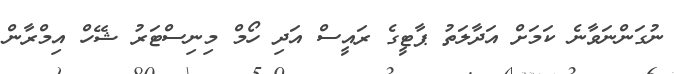
ނުގަންނަވާނެ ކަމަށް އަދާލަތު ޕާޓީގެ ރައީސް އަދި ހޯމް މިނިސްޓަރު ޝޭހް އިމްރާން